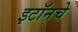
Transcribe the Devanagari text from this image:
इटॉनचे